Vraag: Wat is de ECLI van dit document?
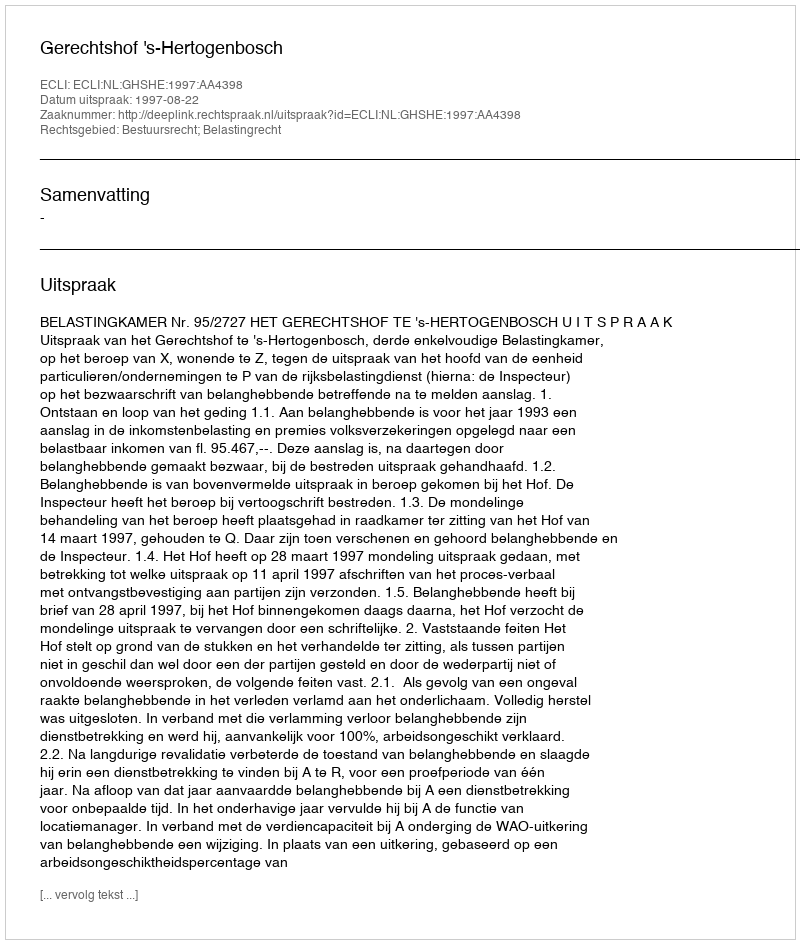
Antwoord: ECLI:NL:GHSHE:1997:AA4398